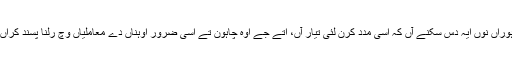
اسی ہوراں نوں ایہ دس سکنے آں کہ اسی مدد کرن لئی تیار آں، اتے جے اوہ چاہون تے اسی ضرور اوہناں دے معاملیاں وچ رلنا پسند کراں دے۔